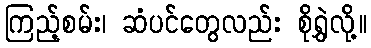
ကြည့်စမ်း၊ ဆံပင်တွေလည်း စိုရွှဲလို့။